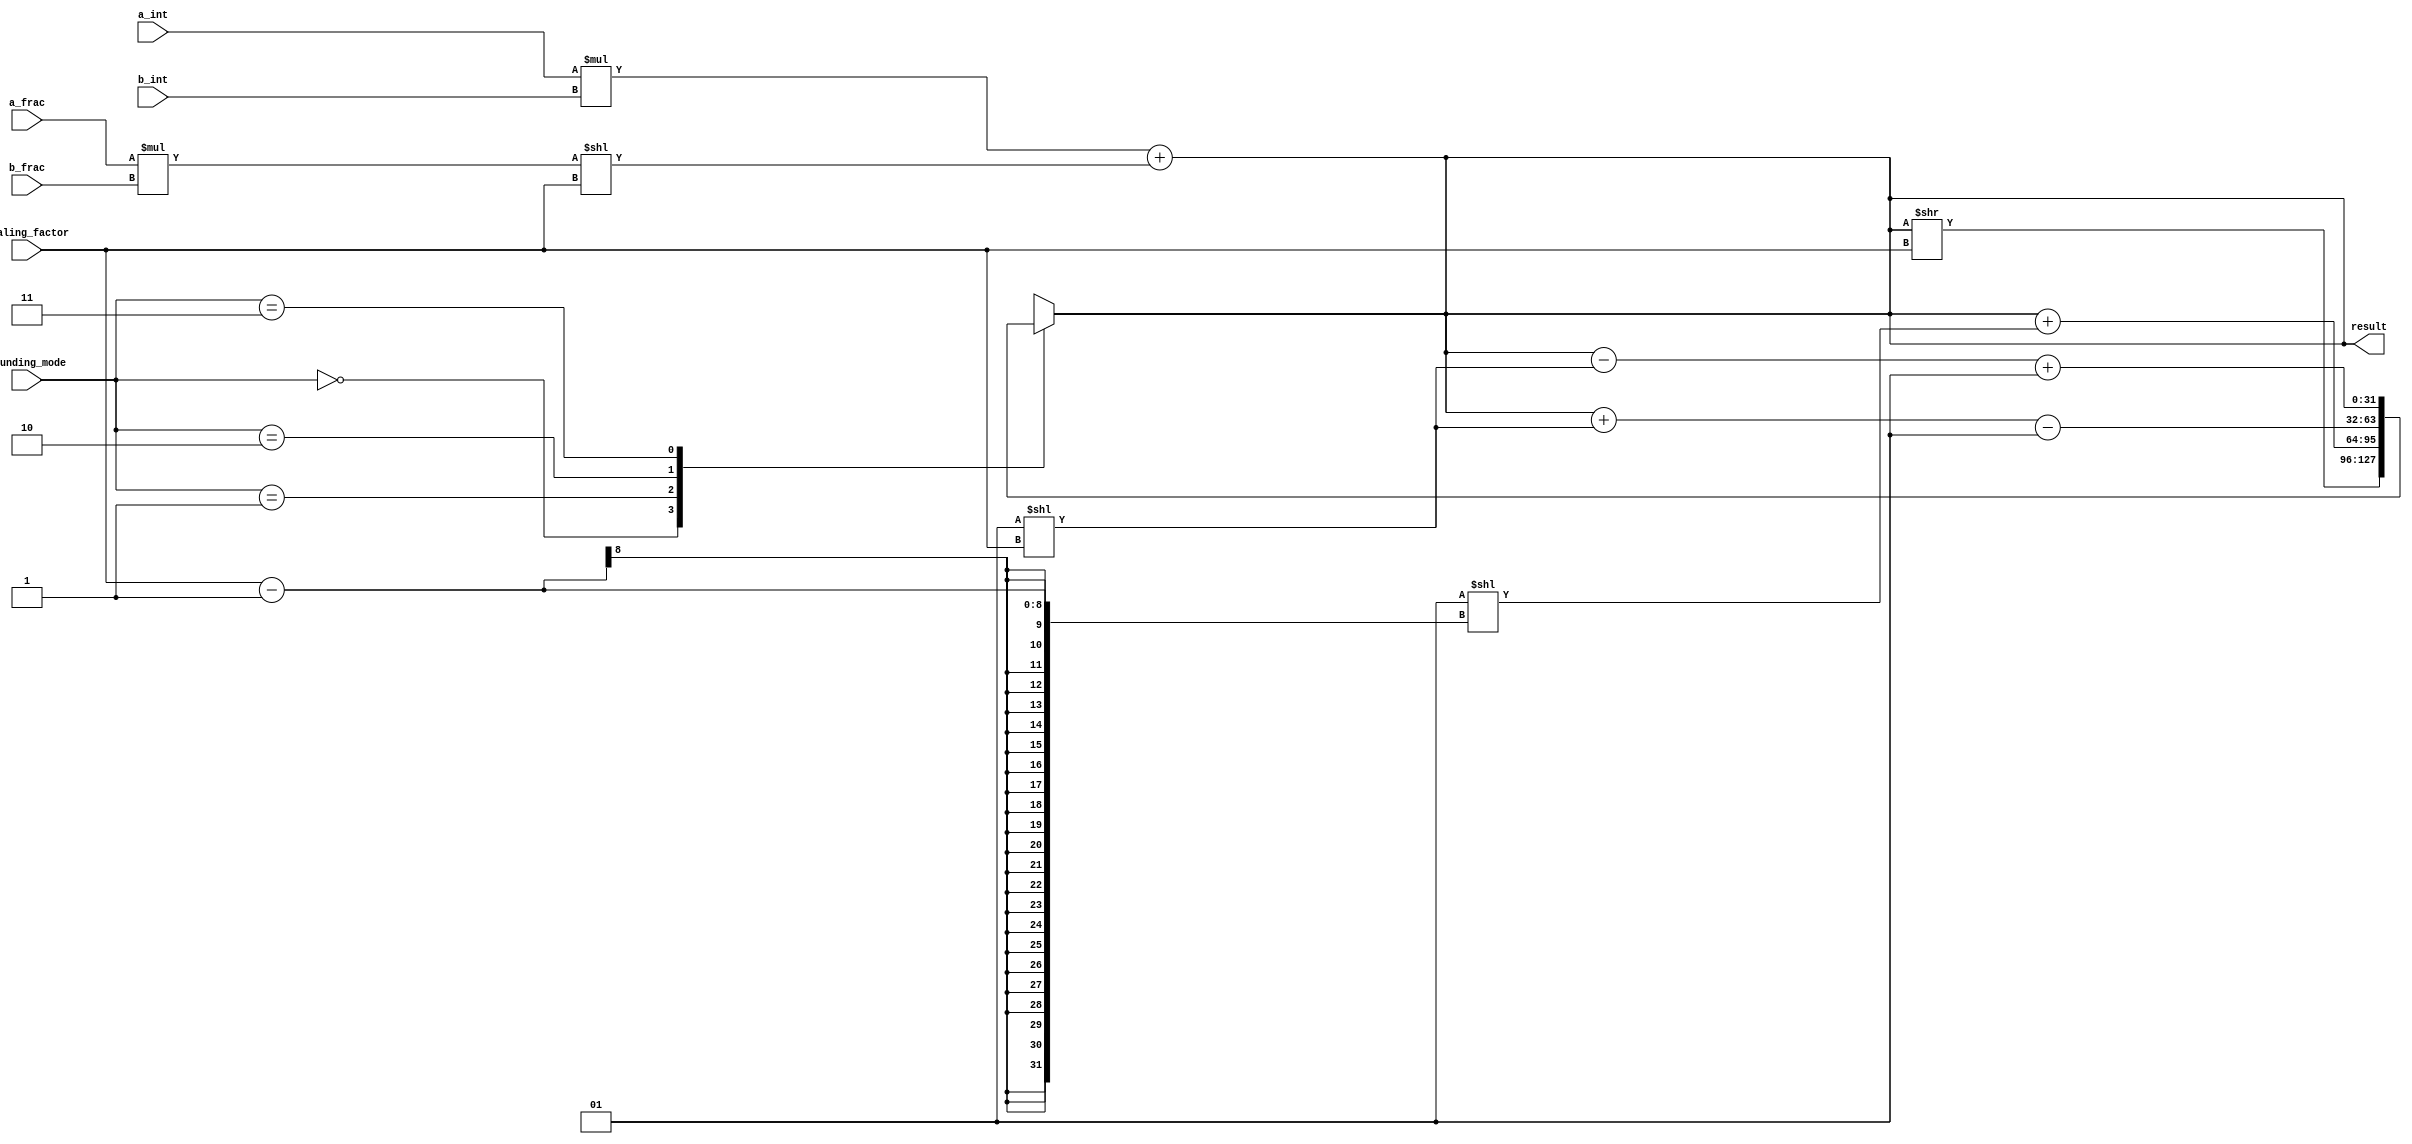
module FixedPointMultiplier (
    input signed [15:0] a_int, // integer part of first fixed-point number
    input signed [15:0] a_frac, // fractional part of first fixed-point number
    input signed [15:0] b_int, // integer part of second fixed-point number
    input signed [15:0] b_frac, // fractional part of second fixed-point number
    input [7:0] scaling_factor, // scaling factor for final product
    input [1:0] rounding_mode, // rounding mode for final product
    output reg signed [31:0] result // final product
);

// Multiply integer parts
reg signed [31:0] int_product;
always @* begin
    int_product = a_int * b_int;
end

// Multiply fractional parts
reg signed [15:0] frac_product;
always @* begin
    frac_product = a_frac * b_frac;
end

// Shift fractional product based on scaling factor
reg signed [31:0] scaled_frac_product;
always @* begin
    scaled_frac_product = {16'b0, frac_product} << scaling_factor;
end

// Add integer and scaled fractional products
always @* begin
    result = int_product + scaled_frac_product;
end

// Apply rounding mode
always @* begin
    case(rounding_mode)
        2'b00: result = result >> scaling_factor; // truncate towards zero
        2'b01: result = result + (1 << (scaling_factor - 1)); // round to nearest, ties away from zero
        2'b10: result = result + (1 << scaling_factor) - 1; // round towards +infinity
        2'b11: result = result - (1 << scaling_factor) + 1; // round towards -infinity
    endcase
end

endmodule